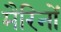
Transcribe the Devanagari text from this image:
मैरिनों